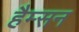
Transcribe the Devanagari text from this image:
हैम्सन